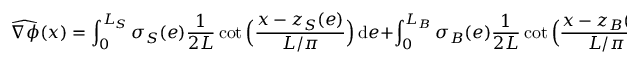
\widehat { \nabla \phi } ( x ) = \int _ { 0 } ^ { L _ { S } } \sigma _ { S } ( e ) \frac 1 { 2 L } \cot \Big ( \frac { x - z _ { S } ( e ) } { L / \pi } \Big ) \, \mathrm { d } e + \int _ { 0 } ^ { L _ { B } } \sigma _ { B } ( e ) \frac 1 { 2 L } \cot \Big ( \frac { x - z _ { B } ( e ) } { L / \pi } \Big ) \, \mathrm { d } e \, ,